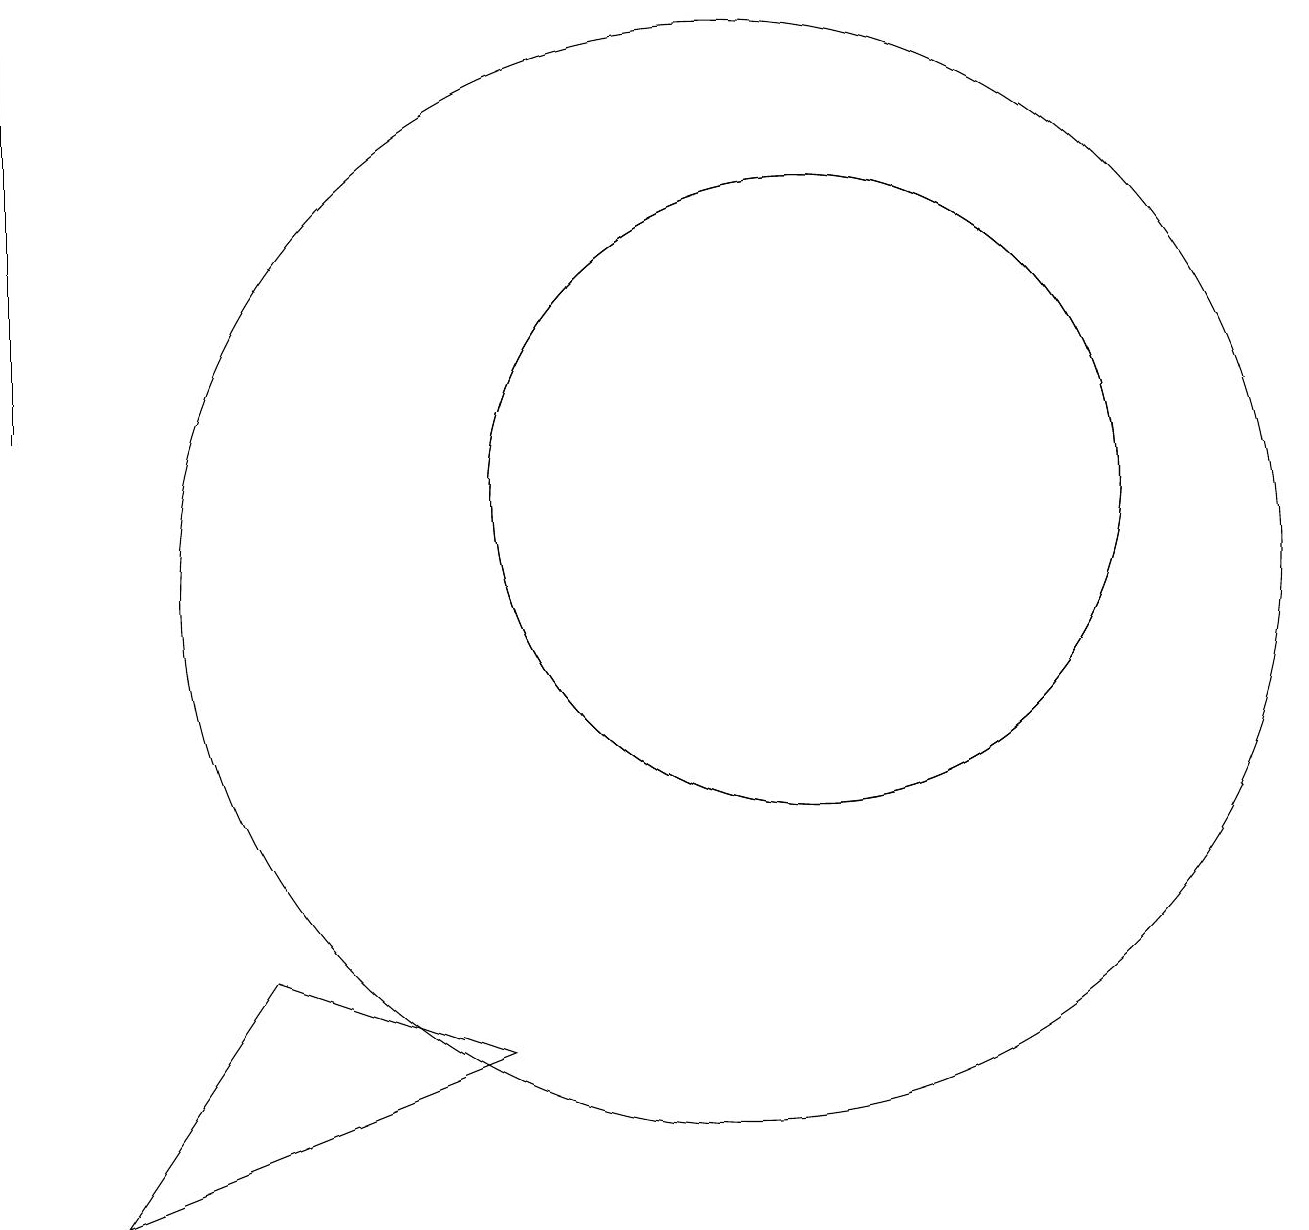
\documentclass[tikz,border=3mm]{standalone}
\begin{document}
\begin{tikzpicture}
\draw (11,11) circle (4);
\draw (1,17) rectangle (1,12);
\draw (10,10) circle (7);
\draw (7,4) -- (2,2) -- (4,5) -- cycle;
\draw (11,11) circle (4);
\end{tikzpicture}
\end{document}